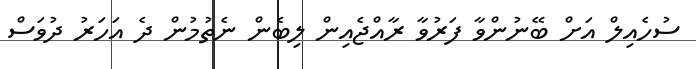
ސުހެއިލް އަށް ބޭނުންވާ ފަރުވާ ރާއްޖެއިން ލިބެން ނެތުމުން ދެ އަހަރު ދުވަސް